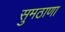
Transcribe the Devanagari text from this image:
सुमठाणा